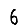
Digit: 6